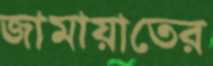
জামায়াতের